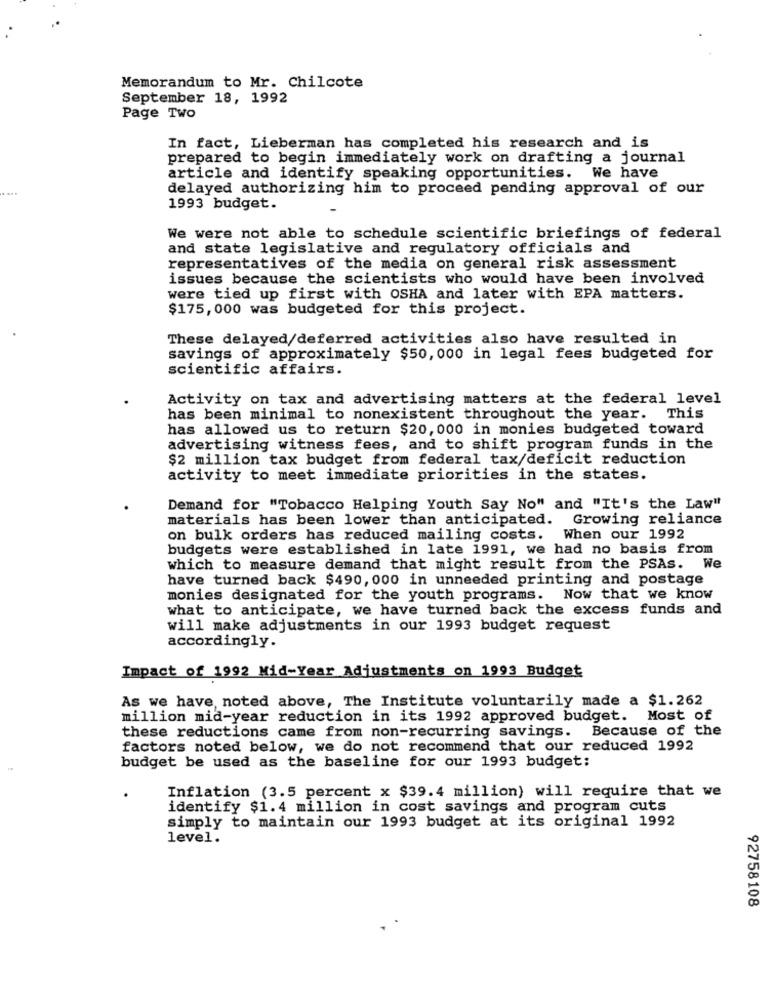
Memorandum to Mr. Chilcote
September 18, 1992
Page Two
In fact, Lieberman has completed his research and is
prepared to begin immediately work on drafting a journal
article and identify speaking opportunities. We have
delayed authorizing him to proceed pending approval of our
1993 budget.
We were not able to schedule scientific briefings of federal
and state legislative and regulatory officials and
representatives of the media on general risk assessment
issues because the scientists who would have been involved
were tied up first with OSHA and later with EPA matters.
$175, 000 was budgeted for this project.
These delayed/deferred activities also have resulted in
savings of approximately $50, 000 in legal fees budgeted for
scientific affairs.
Activity on tax and advertising matters at the federal level
has been minimal to nonexistent throughout the year. This
has allowed us to return $20, 000 in monies budgeted toward
advertising witness fees, and to shift program funds in the
$2 million tax budget from federal tax/deficit reduction
activity to meet immediate priorities in the states.
Demand for "Tobacco Helping Youth Say No" and "It's the Law"
materials has been lower than anticipated. Growing reliance
on bulk orders has reduced mailing costs. When our 1992
budgets were established in late 1991, we had no basis from
which to measure demand that might result from the PSAs. We
have turned back $490, 000 in unneeded printing and postage
monies designated for the youth programs. Now that we know
what to anticipate, we have turned back the excess funds and
will make adjustments in our 1993 budget request
accordingly.
Impact of 1992 Mid-Year Adjustments on 1993 Budget
As we have, noted above, The Institute voluntarily made a $1.262
million mid-year reduction in its 1992 approved budget. Most of
these reductions came from non-recurring savings.
Because of the
factors noted below, we do not recommend that our reduced 1992
budget be used as the baseline for our 1993 budget:
Inflation (3.5 percent x $39.4 million) will require that we
identify $1.4 million in cost savings and program cuts
simply to maintain our 1993 budget at its original 1992
level.
92758108